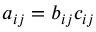
a _ { i j } = b _ { i j } c _ { i j }